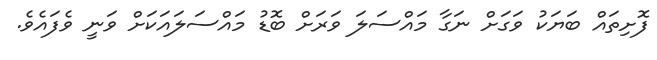
ފޮށިތައް ބަޔަކު ވަގަށް ނަގާ މައްސަލަ ވަރަށް ބޮޑު މައްސަލައަކަށް ވަނީ ވެފައެވެ.